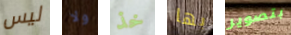
ليس ولا خذ بها بتصوير